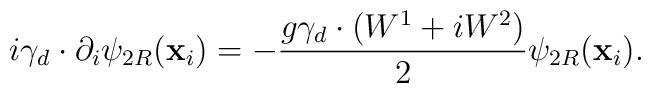
i\gamma _{d}\cdot \partial _{i}\psi _{2R}(\mathbf{x}_{i})=-\frac{g\gamma_{d}\cdot (W^{1}+iW^{2})}{2}\psi _{2R}(\mathbf{x}_{i}).